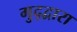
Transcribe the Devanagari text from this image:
गुद्द्वारा